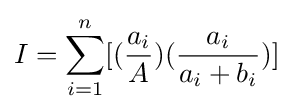
I=\sum _{i=1}^{n}[({\frac {a_{i}}{A}})({\frac {a_{i}}{a_{i}+b_{i}}})]